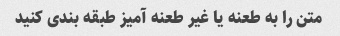
متن را به طعنه یا غیر طعنه آمیز طبقه بندی کنید